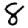
Digit: 8